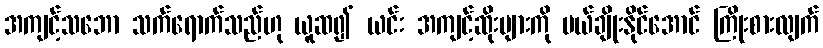
အကျင့်သဘော သက်ရောက်သည်ဟု ယူဆ၍ ယင်း အကျင့်ဆိုးများကို ပယ်ချိုးနိုင်အောင် ကြိုးစားလျက်